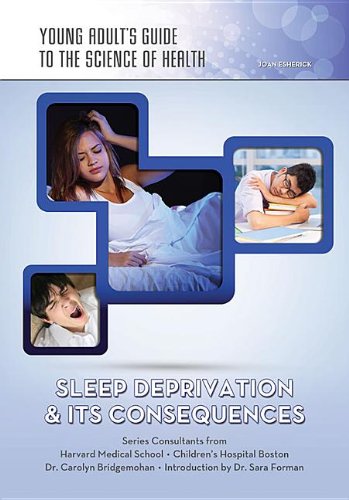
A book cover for Sleep Deprivation & Its Consequences (Young Adult's Guide to the Science of Health); Joan Esherick; Teen & Young Adult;